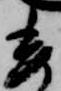
委